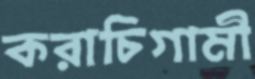
করাচিগামী